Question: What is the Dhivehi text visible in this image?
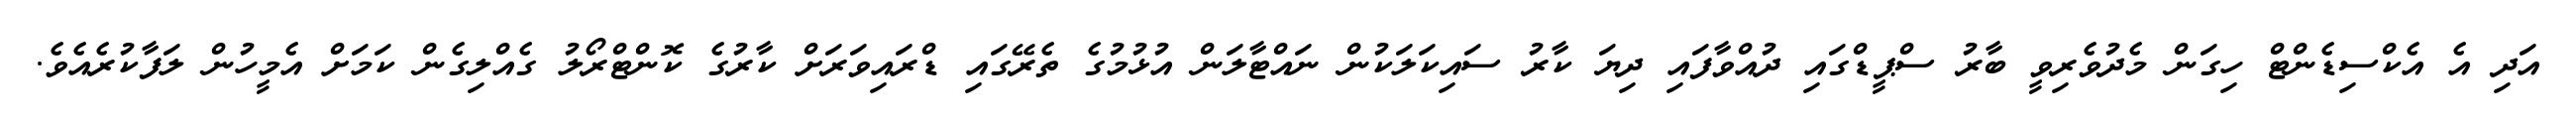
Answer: އަދި އެ އެކްސިޑެންޓް ހިގަން މެދުވެރިވީ ބާރު ސްޕީޑްގައި ދުއްވާފައި ދިޔަ ކާރު ސައިކަލަކުން ނައްޓާލަން އުޅުމުގެ ތެރޭގައި ޑްރައިވަރަށް ކާރުގެ ކޮންޓްރޯލު ގެއްލިގެން ކަމަށް އެމީހުން ލަފާކުރެއެވެ.